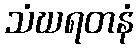
သံဃရတနံ